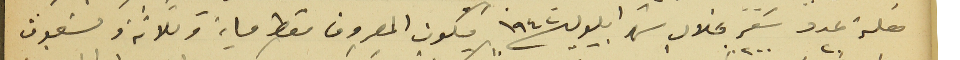
فعلة عدد ٢٠ سَفر بخلال شهر ايلول ١٩٤٢ يكون المصروف فقط ماية وثلاثة وتسعون